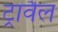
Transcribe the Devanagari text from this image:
ट्रावैल